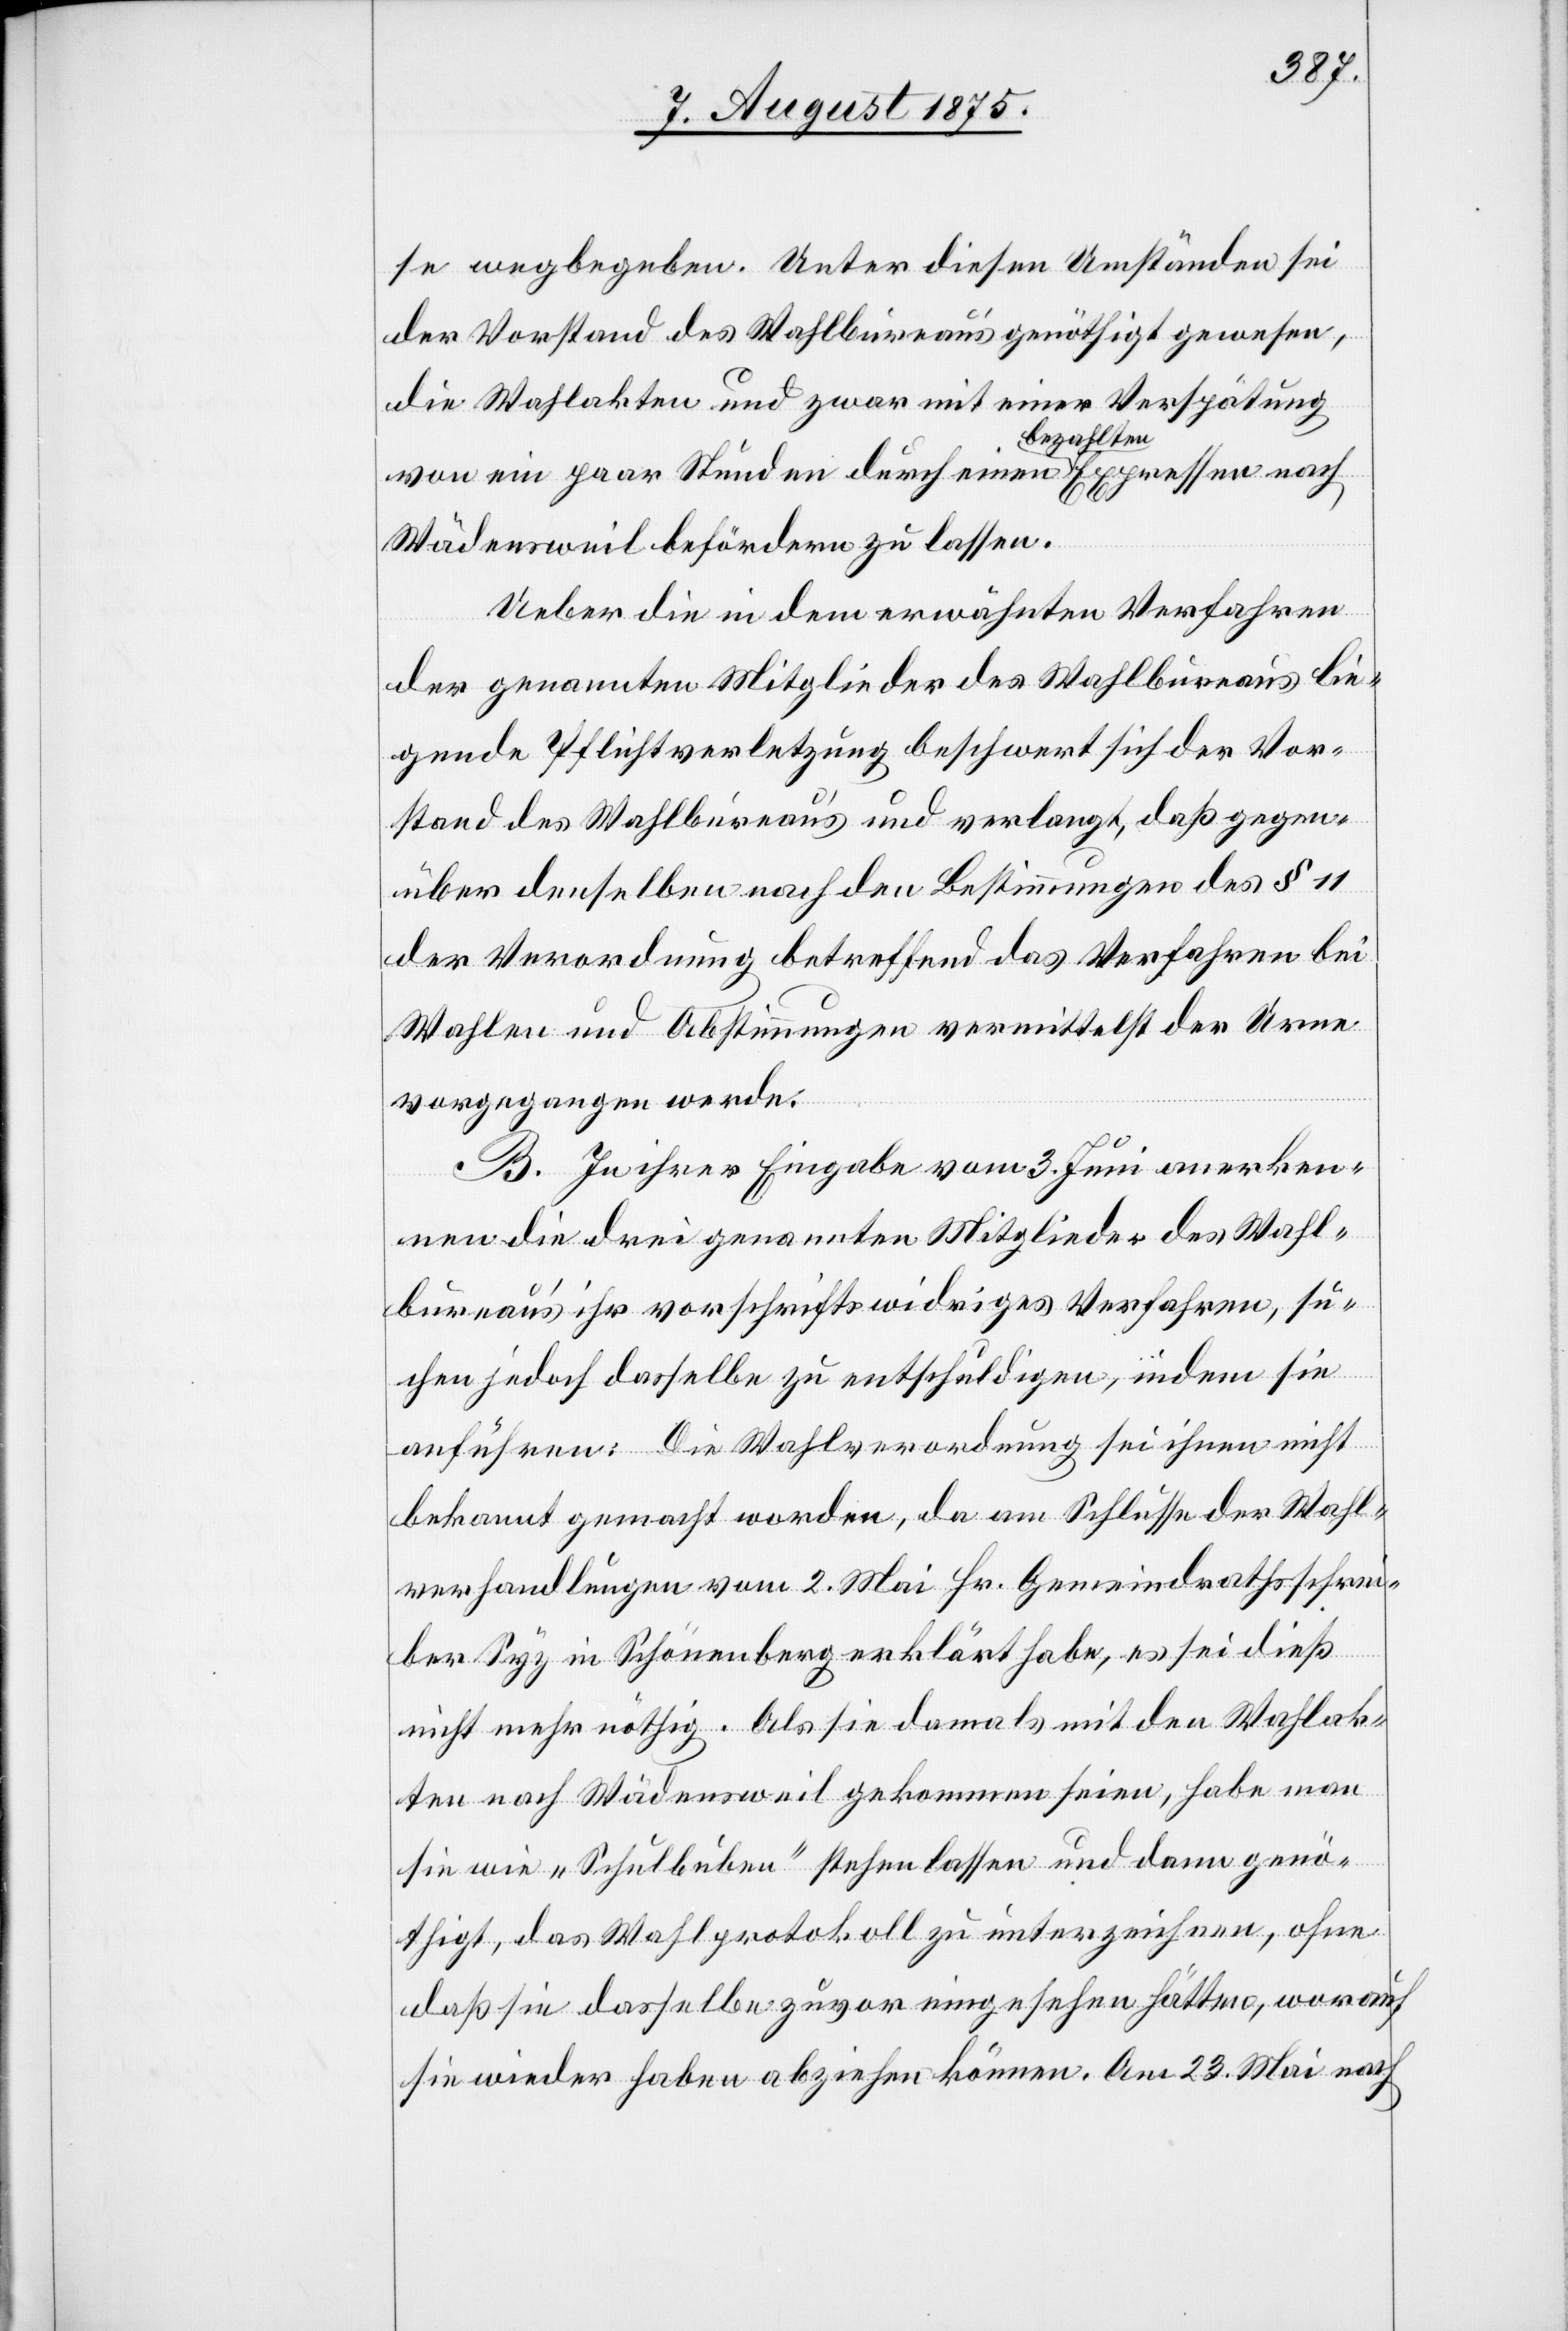
se wegbegeben. Unter diesen Umständen sei
der Vorstand des Wahlbureau genöthigt gewesen,
die Wahlakten und zwar mit einer Verspätung
von ein paar Stunden durch einen bezahlten Expressen nach
Wädensweil befördern zu lassen.
Ueber die in dem erwähnten Verfahren
der genannten Mitglieder des Wahlbureaus lie¬
gende Pflichtverletzung beschwert sich der Vor¬
stand des Wahlbureau’s und verlangt, daß gegen¬
über denselben nach den Bestimmungen des § 11
der Verordnung betreffend das Verfahren bei
Wahlen und Abstimmung vermittelst der Urne
vorgegangen werde.
B. In ihrer Eingabe vom 3. Juni anerken¬
nen die drei genannten Mitglieder des Wahl¬
bureau’s ihr vorschriftswidriges Verfahren, su¬
chen jedoch dasselbe zu entschuldigen, indem sie
anführen: Die Wahlverordnung sei ihnen nicht
bekannt gemacht worden, da am Schlusse der Wahl¬
verhandlungen vom 2. Mai Hr. Gemeindrathsschrei¬
ber Syz in Schönenberg erklärt habe, es sei dieß
nicht mehr nöthig. Als sie damals mit den Wahlak¬
ten nach Wädensweil gekommen seien, habe man
sie wie „Schulbuben“ stehenlassen und dann genö¬
thigt, das Wahlprotokoll zu unterzeichnen, ohne
daß sie dasselbe zuvor eingesehen hätten, worauf
sie wieder haben abziehen können. Am 23. Mai nach